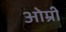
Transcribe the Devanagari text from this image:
ओम्री